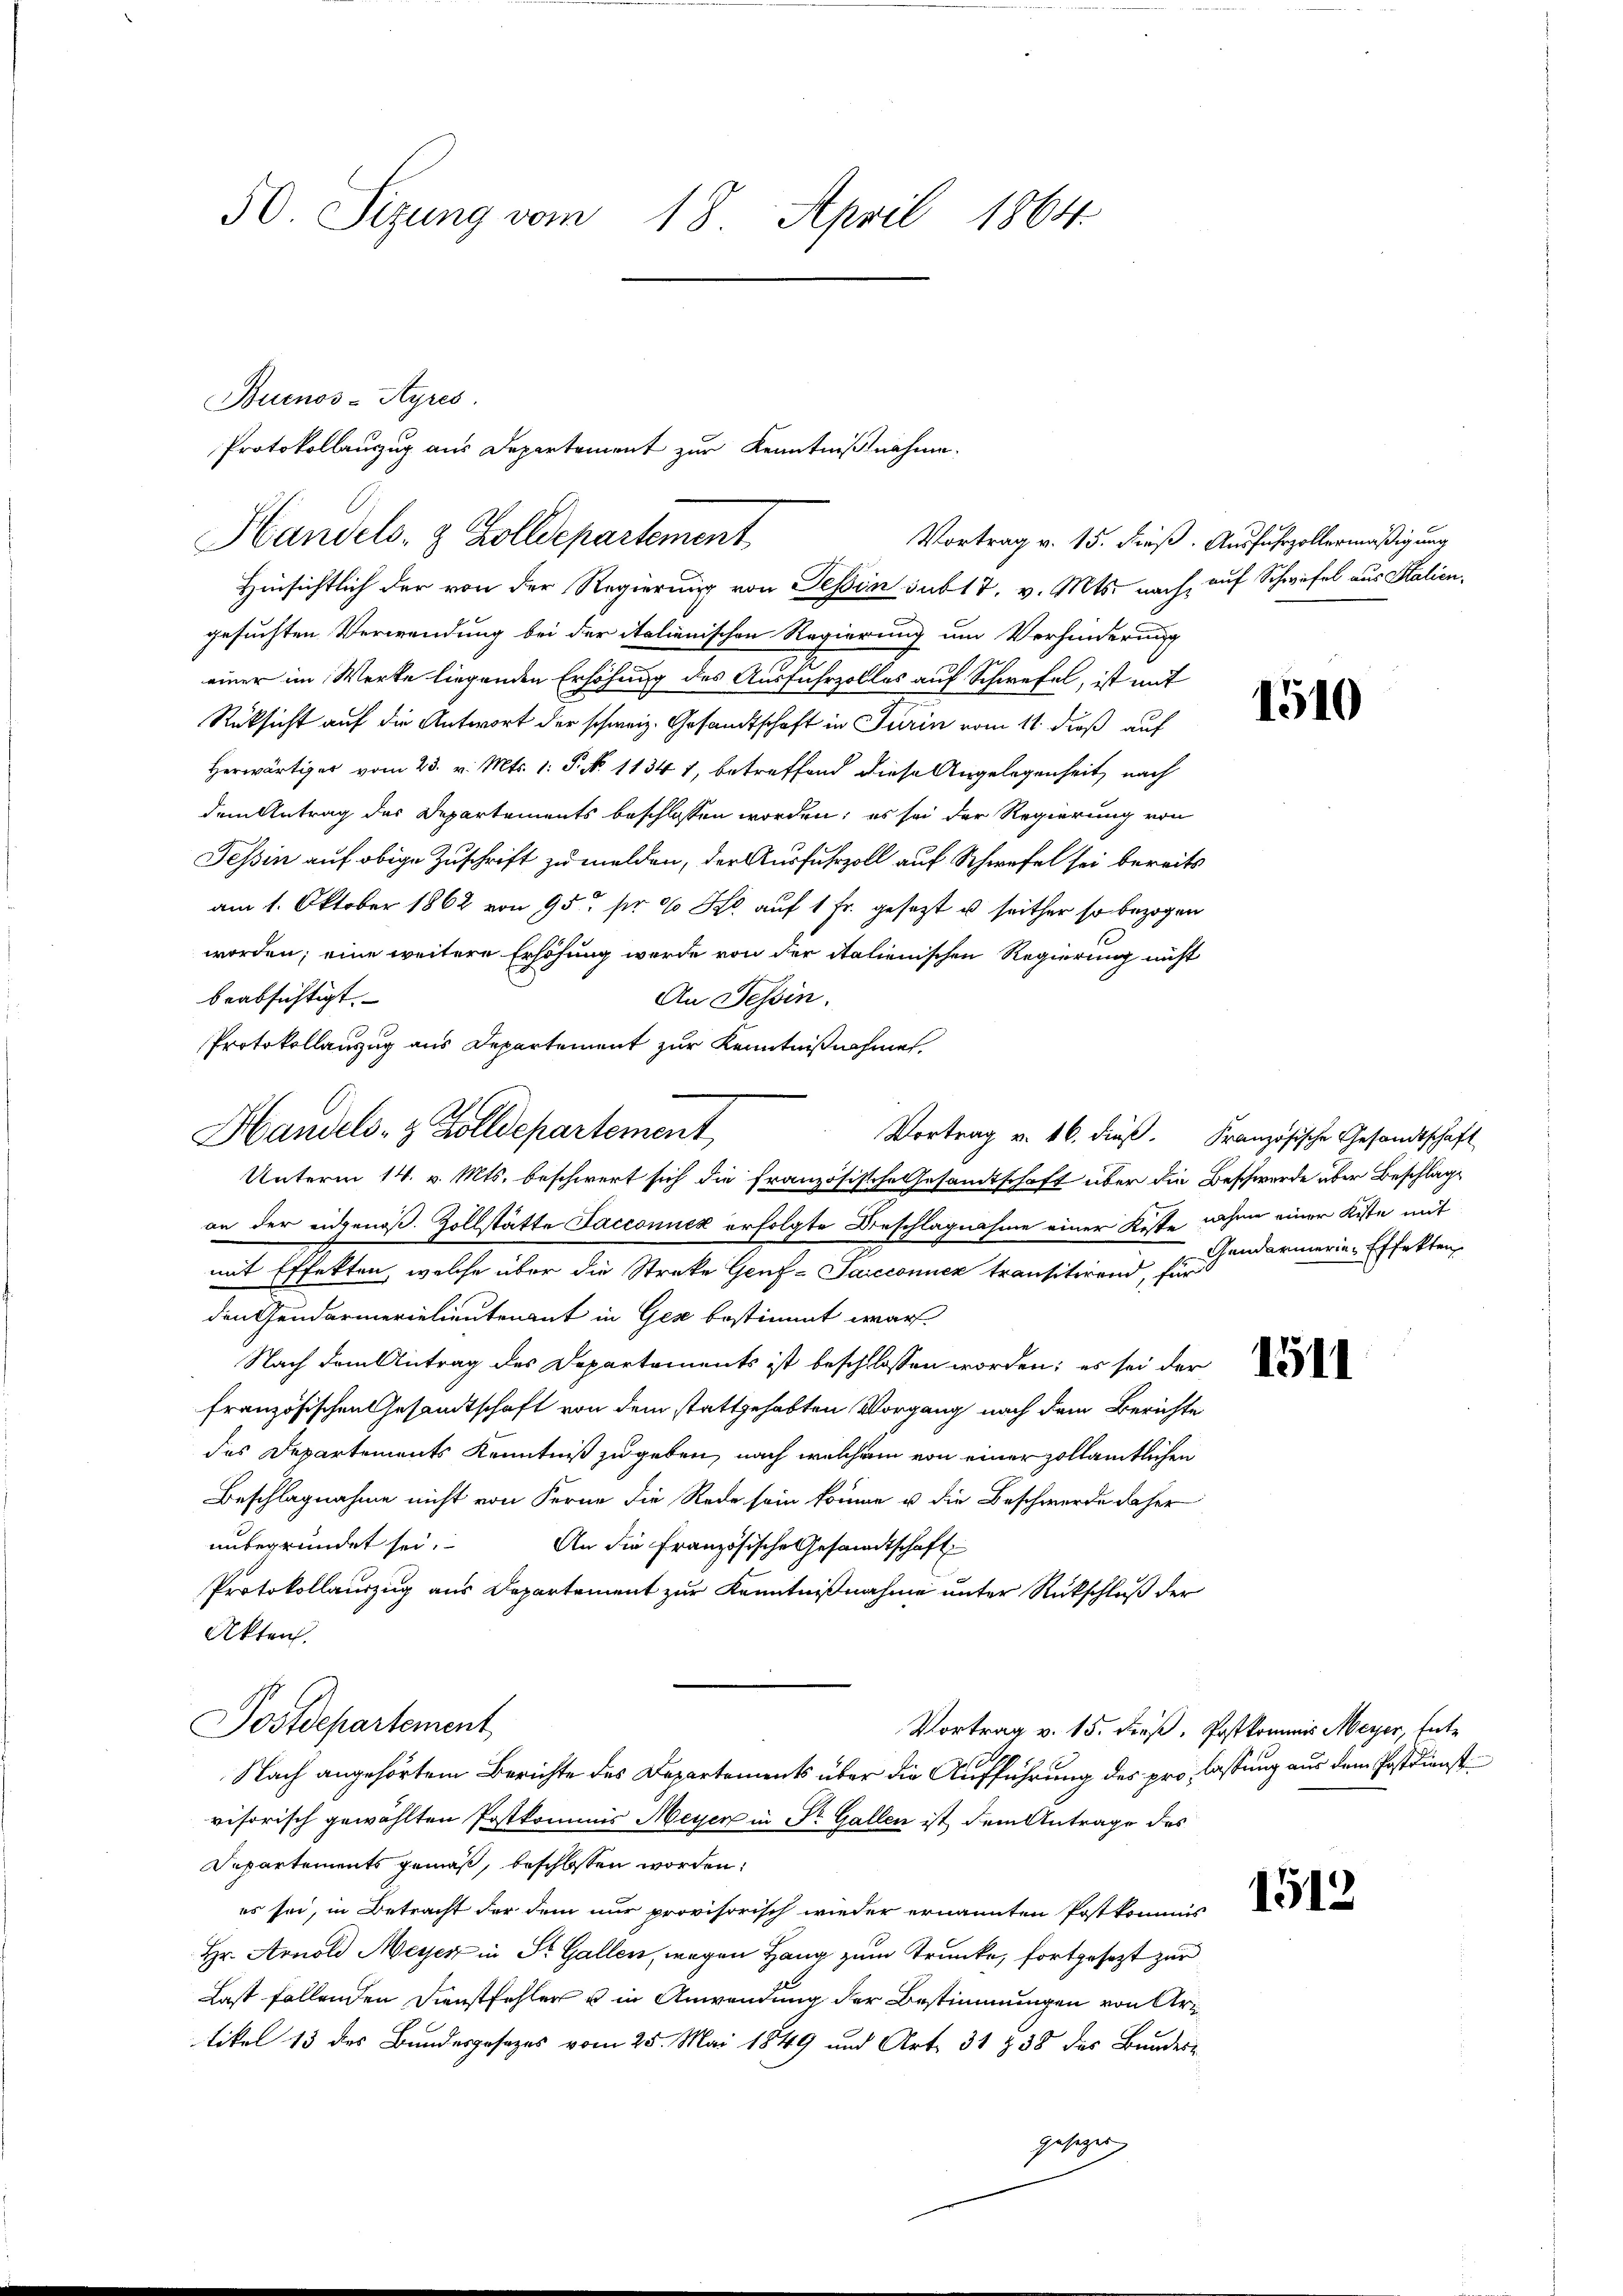
50. Sizung vom 18. April 1864.

Buenos-Ayres.
gesuchten Verwendung bei der italienischen Regierung um Verhinderung
einer im Werke liegenden Erhöhung des Ausfuhrzolles auf Schwefel, ist mit
Rüksicht auf die Antwort der schweiz. Gesandtschaft in Turin vom 11. dieß auf
Herwärtiger vom 23. v. Mts. 1: P. No 11347, betreffend diese Angelegenheit, nach
dem Antrag des Departements beschlossen worden; es sei der Regierung von
Tessin auf obige Zuschrift zu melden, der Ausfuhrzoll auf Schwefel sei bereits
am 1. Oktober 1862 von 952 pr 10 Fr. auf 1 Fr. gesetzt u seither so bezogen
worden; eine weitere Erhöhung werde von der italienischen Regierung nicht
beabsichtigt.
An Tessin.
Protokollauszug aus Departement zur Kenntnißnahme,

Protokollauszug aus Departement zur Kenntnißnahme.
Handels- & Zolldepartement
Hinsichtlich der von der Regierung von Tessin sub 17. v. Mts. nach, auf Schwefel aus Stalien¬

Handels- & Zolldepartement,
Vortrag v. 16. dieß. Französische Gesandtschaft
Unterm 14. v. Mts. beschwert sich die französische Gesandtschaft über die Beschwerde über Beschlage

an der eidgenöß. Zollstätte Sacconuck erfolgte Beschlagnahme einer Koste nahme einer Kiste mit
mit Effekten, welche über die Streke Genf-Saicconuek transitirend, für
den Gendarmerielieutenant in Gese bestimmt war.
Nach dem Antrag des Departements ist beschlossen worden; es sei der
französischen Gesandtschaft von dem stattgehabten Vorgang nach dem Berichte
des Departements Kenntniß zu geben, nach welchem von einer zollämtlichen
Beschlagnahme nicht von Ferne die Rede sein könne u die Beschwerde daher
unbegründet sei. An die Französische Gesandtschaft
Protokollauszug aus Departement zur Kenntnißnahme unter Rückschluß der
Akten.
Postdepartement,
Vortrag v. 15. dieß. Postkommis Meyer, Ent¬
Nach angehörtem Berichte des Departements über die Aufführung des pro, lassung aus dem Postdienst
visorisch gewählten Postkommis Meyer in Dr. Gallen ist dem Antrage des
Departements gemäß, beschlossen worden:
es sei, in Betracht der dem nur provisorisch wieder ernannten Postkommis
Hr. Arnold Meyer in St. Gallen, wegen Hang zum Trunke, fortgesezt zur
Last fallenden Dienstfehler u in Anwendung der Bestimmungen von Artikel 15 des Bundesgesezes vom 25. Mai 1849 und Art. 31 § 38 des Bundes
gesagen,

Vortrag v. 15. dieß. Ausfuhrzollermäßigung

1510

Gendarmerie-Effekten

1511

1512